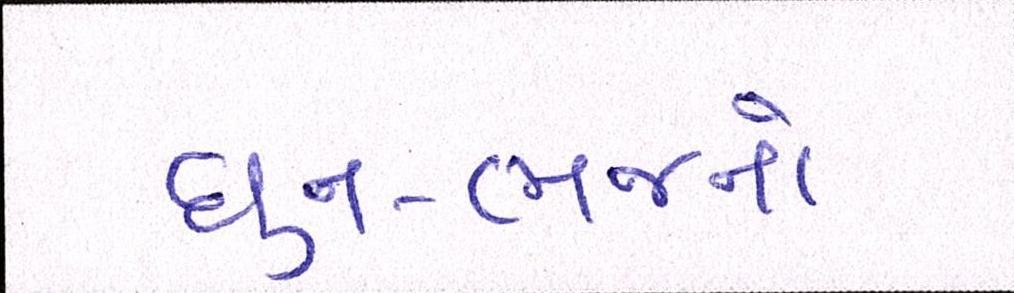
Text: ધુન-ભજનો